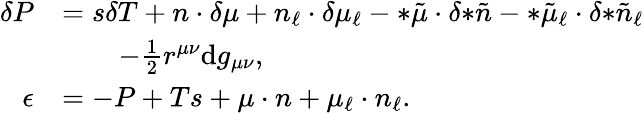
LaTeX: \begin{array}{rl}{\delta P}&{=s\delta T+n\cdot\delta\mu+n_{\ell}\cdot\delta\mu_{\ell}-{*\tilde{\mu}}\cdot\delta{*\tilde{n}}-{*\tilde{\mu}_{\ell}}\cdot\delta{*\tilde{n}_{\ell}}}\\ &{\qquad-\frac{1}{2}r^{\mu\nu}\mathrm{d}g_{\mu\nu},}\\ {\epsilon}&{=-P+Ts+\mu\cdot n+\mu_{\ell}\cdot n_{\ell}.}\end{array}